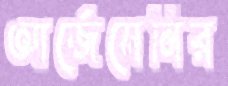
আর্জেসেনির